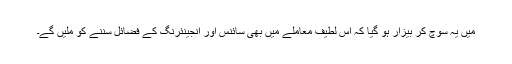
میں یہ سوچ کر بیزار ہو گیا کہ اس لطیف معاملے میں بھی سائنس اور انجینئرنگ کے فضائل سننے کو ملیں گے۔